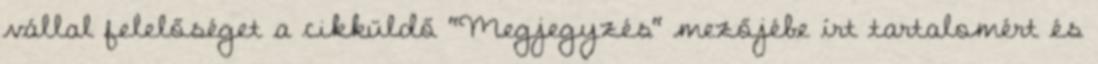
vállal felelőséget a cikküldő "Megjegyzés" mezőjébe írt tartalomért és